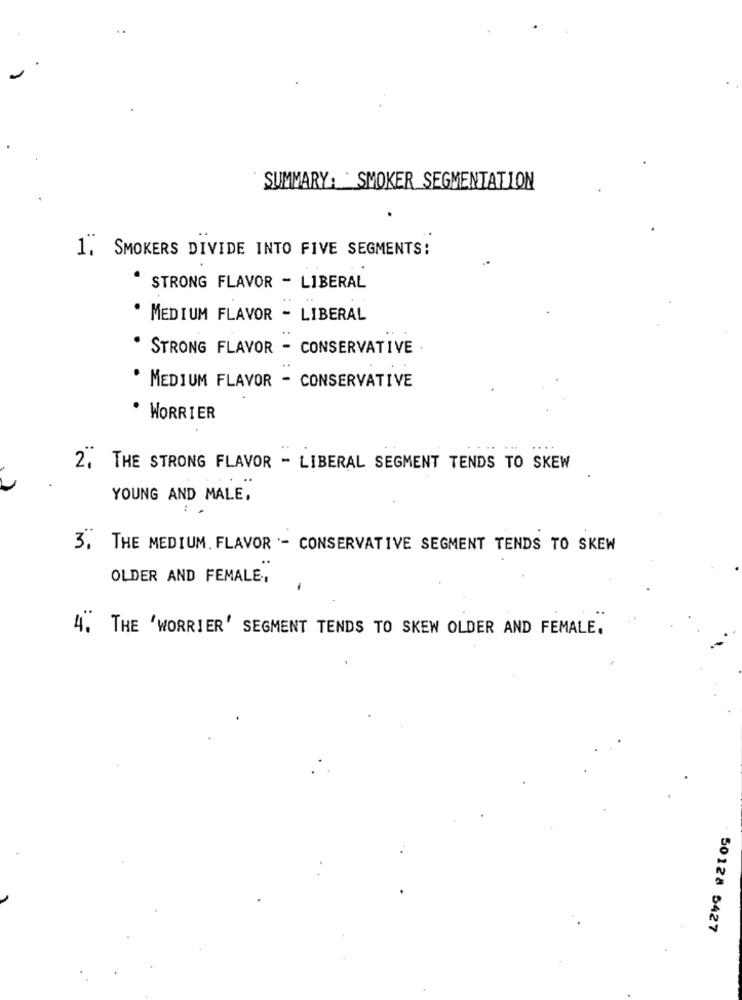
SUMMARY: SMOKER SEGMENTATION
1. SMOKERS DIVIDE INTO FIVE SEGMENTS:
STRONG FLAVOR - LIBERAL
MEDIUM FLAVOR - LIBERAL
STRONG FLAVOR - CONSERVATIVE .
' MEDIUM FLAVOR - CONSERVATIVE
WORRIER
2. THE STRONG FLAVOR - LIBERAL SEGMENT TENDS TO SKEW
YOUNG AND MALE,
3. THE MEDIUM. FLAVOR - CONSERVATIVE SEGMENT TENDS TO SKEW
OLDER AND FEMALE,
4. THE 'WORRIER' SEGMENT TENDS TO SKEW OLDER AND FEMALE.
50128 5427